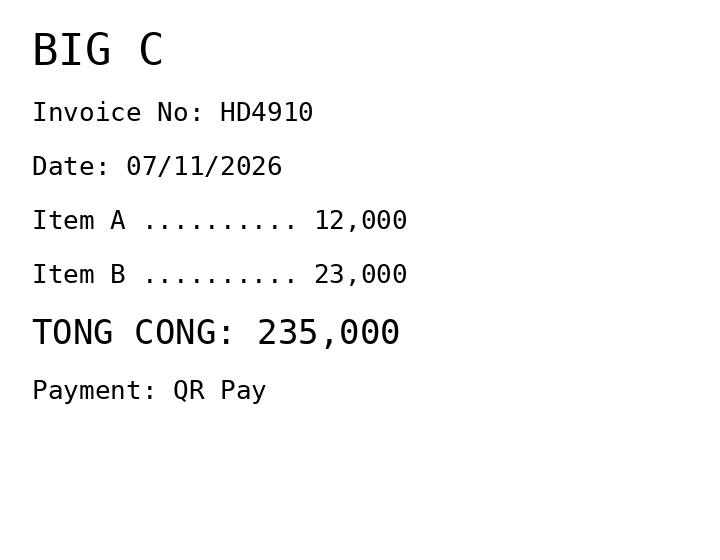
BIG C
Invoice No: HD4910
Date: 07/11/2026
Item A .......... 12,000
Item B .......... 23,000
TONG CONG: 235,000
Payment: QR Pay
Merchant: big c
Date: 2026-11-07
Total: 235000
Invoice No: HD4910
Payment method: QR